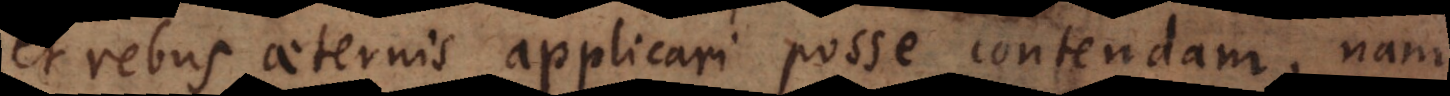
et rebus aeternis applicari posse contendam, nam